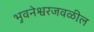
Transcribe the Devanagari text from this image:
भुवनेश्वरजवळील